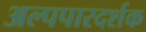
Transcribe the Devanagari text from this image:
अल्पपारदर्शक